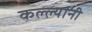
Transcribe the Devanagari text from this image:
कल्ल्यांनी